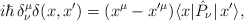
\begin{align*}i\hbar\,\delta^\mu_\nu\delta(x,x')=(x^\mu-x'^\mu)\langle x|\hat{P}_\nu|\,x'\rangle,\end{align*}